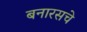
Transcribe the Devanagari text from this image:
बनारसचे